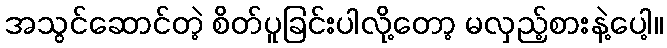
အသွင်ဆောင်တဲ့ စိတ်ပူခြင်းပါလို့တော့ မလှည့်စားနဲ့ပေါ့။